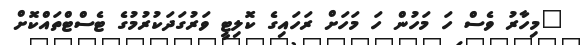
"މިހާރު ވެސް ހަ މަހުން ހަ މަހަށް ރަހައިގެ ކޮލިޓީ ވަރުގަދަކުރުމުގެ ޓެސްޓްތައްކޮށް